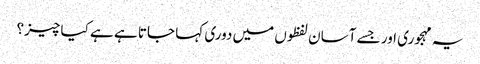
یہ مہجوری اور جسے آسان لفظوں میں دوری کہا جاتا ہے ہے کیا چیز؟